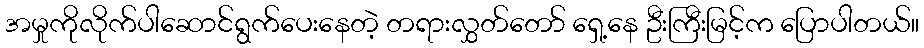
အမှုကိုလိုက်ပါဆောင်ရွက်ပေးနေတဲ့ တရားလွှတ်တော် ရှေ့နေ ဦးကြီးမြင့်က ပြောပါတယ်။